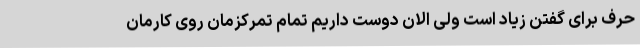
حرف برای گفتن زیاد است ولی الان دوست داریم تمام تمرکزمان روی کارمان